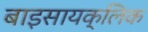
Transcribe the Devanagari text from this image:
बाइसायक्लिक